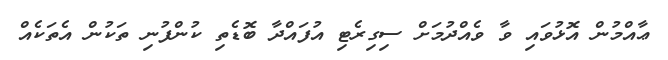
ޢާއްމުން އޮޅުވައި ވާ ވެއްދުމަށް ސިގިރެޓި އުފައްދާ ބޮޑެތި ކުންފުނި ތަކުން އެތަކެއް